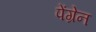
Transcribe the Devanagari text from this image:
पेंग्रेन